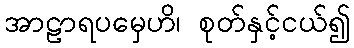
အာဠာရပမှေဟိ၊ စုတ်နှင့်ငယ်၍